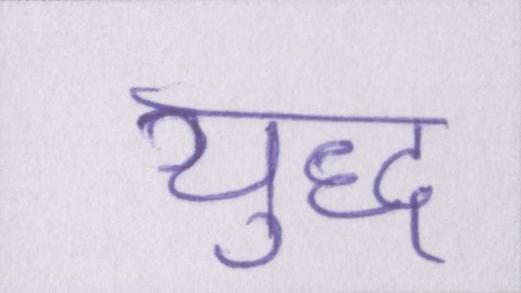
युद्ध